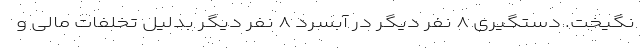
نگیخت. دستگیری ۸ نفر دیگر در آبسرد ۸ نفر دیگر بدلیل تخلفات مالی و